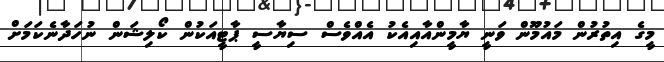
މީގެ އިތުރުން މައުމޫން ވަނީ ޔާމީންއާއިއެކު އެއްވެސް ސިޔާސީ ޕާޓީއަކުން ކޯލިޝަން ނުހަދާނެކަމަށް